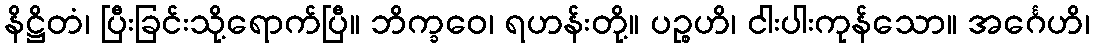
နိဋ္ဌိတံ၊ ပြီးခြင်းသို့ရောက်ပြီ။ ဘိက္ခဝေ၊ ရဟန်းတို့။ ပဉ္စဟိ၊ ငါးပါးကုန်သော။ အင်္ဂေဟိ၊